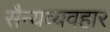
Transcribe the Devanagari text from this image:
सैन्यव्यवहार